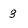
Character: 3